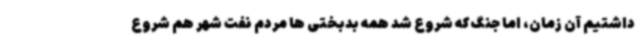
داشتیم آن زمان، اما جنگ که شروع شد همه بدبختی ها مردم نفت شهر هم شروع